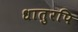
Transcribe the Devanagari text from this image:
धातुरपि